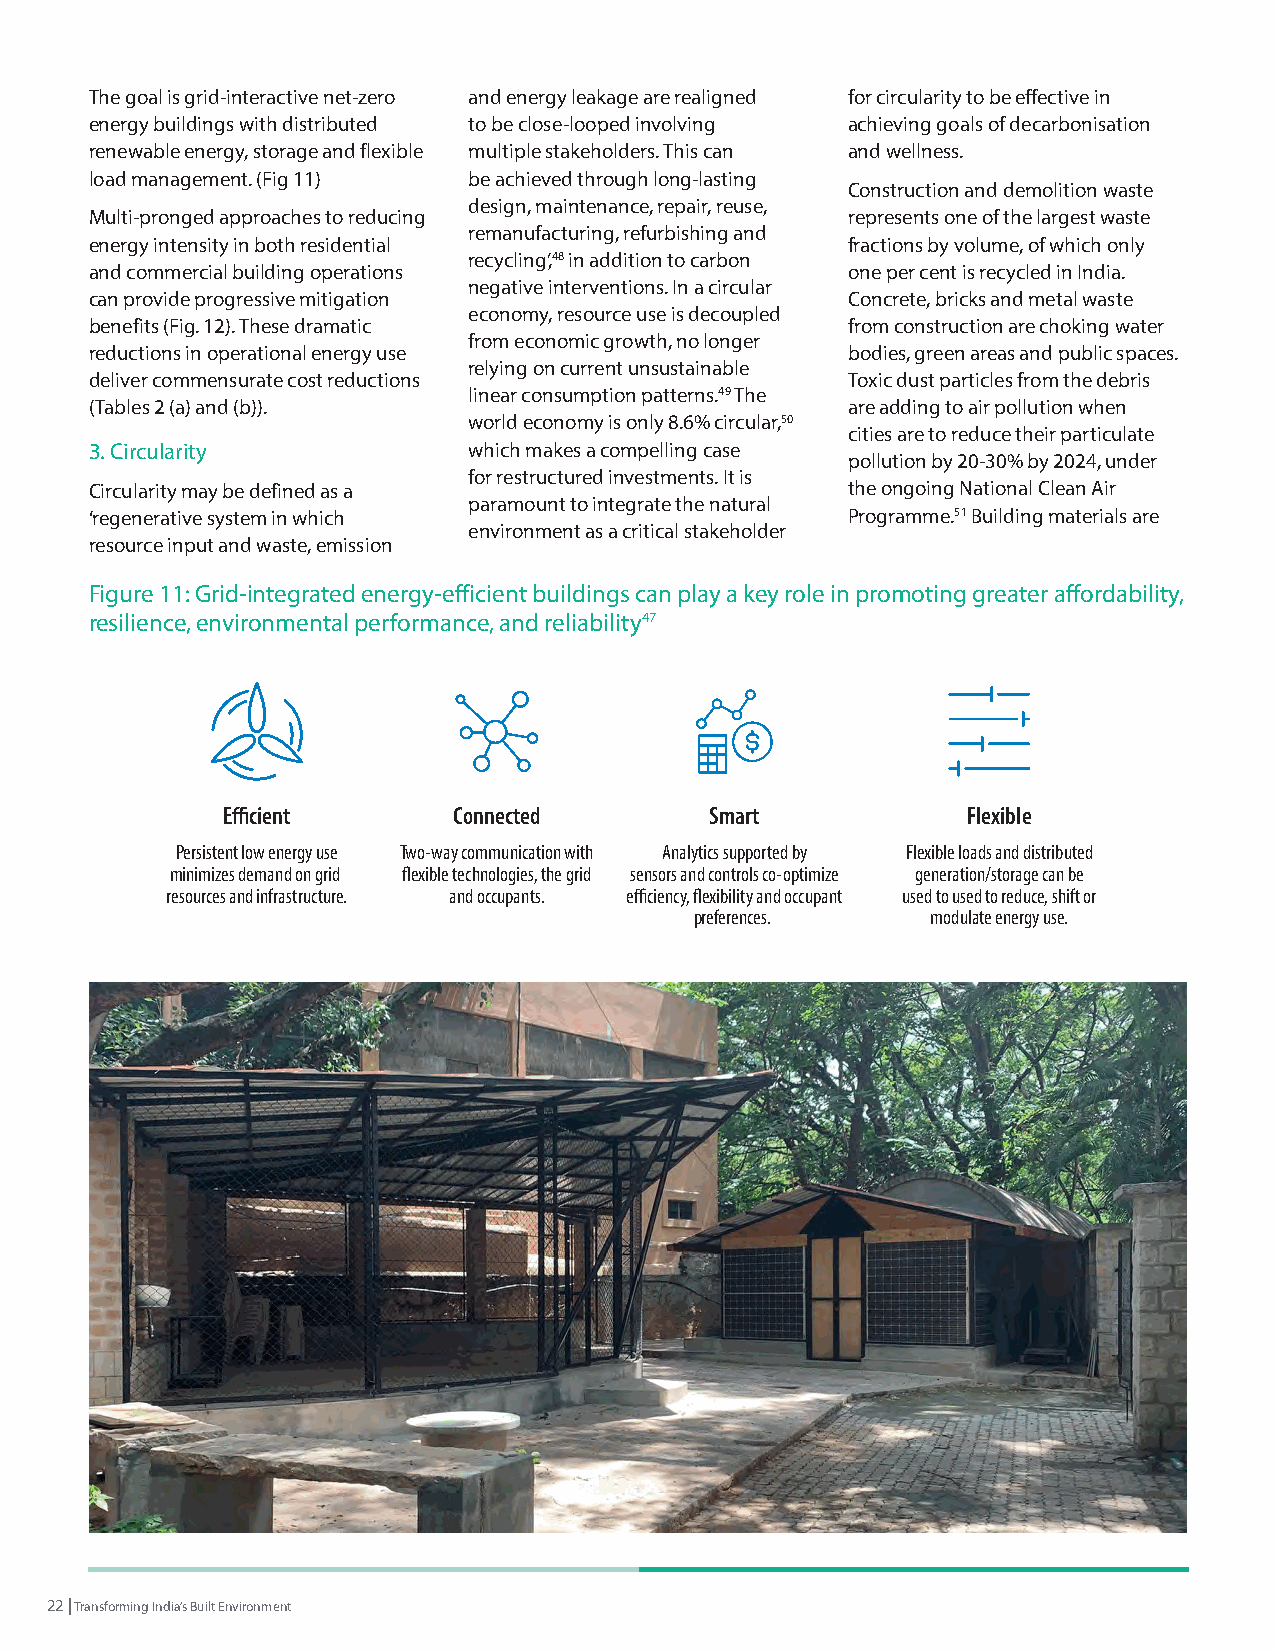
The goal is grid-interactive net-zero and energy leakage are realigned for circularity to be effective in
 energy buildings with distributed to be close-looped involving achieving goals of decarbonisation
 renewable energy, storage and flexible multiple stakeholders. This can and wellness.
 load management. (Fig 11) be achieved through long-lasting
 Construction and demolition waste
 design, maintenance, repair, reuse,
 Multi-pronged approaches to reducing              represents one of the largest waste
 remanufacturing, refurbishing and
 energy intensity in both residential              fractions by volume, of which only
 recycling’,48 in addition to carbon
 and commercial building operations                one per cent is recycled in India.
 negative interventions. In a circular
 can provide progressive mitigation                Concrete, bricks and metal waste
 economy, resource use is decoupled
 benefits (Fig. 12). These dramatic                from construction are choking water
 from economic growth, no longer
 reductions in operational energy use              bodies, green areas and public spaces.
 relying on current unsustainable
 deliver commensurate cost reductions              Toxic dust particles from the debris
 linear consumption patterns.49 The
 (Tables 2 (a) and (b)).                           are adding to air pollution when
 world economy is only 8.6% circular,50
 cities are to reduce their particulate
 3. Circularity           which makes a compelling case
 pollution by 20-30% by 2024, under
 for restructured investments. It is
 Circularity may be defined as a                   the ongoing National Clean Air
 paramount to integrate the natural
 ‘regenerative system in which                     Programme.51 Building materials are
 environment as a critical stakeholder
 resource input and waste, emission
 Figure 11: Grid-integrated energy-efficient buildings can play a key role in promoting greater affordability,
 resilience, environmental performance, and reliability47
 Efficient      Connected        Smart            Flexible
 Persistent low energy use Two-way communication with Analytics supported by Flexible loads and distributed
 minimizes demand on grid flexible technologies, the grid sensors and controls co-optimize generation/storage can be
 resources and infrastructure. and occupants. efficiency, flexibility and occupant used to used to reduce, shift or
 preferences.    modulate energy use.
 22 | Transforming India’s Built Environment